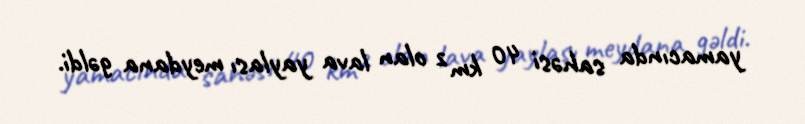
yamacında sahəsi 40 km² olan lava yaylası meydana gəldi.